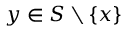
y \in S \setminus \{ x \}